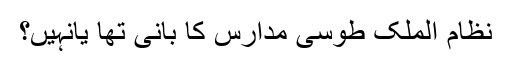
نظام الملک طوسی مدارس کا بانی تھا یانہیں؟